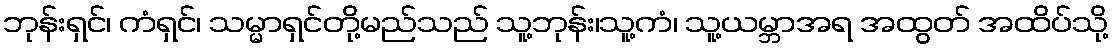
ဘုန်းရှင်၊ ကံရှင်၊ သမ္မာရှင်တို့မည်သည် သူ့ဘုန်း၊သူ့ကံ၊ သူ့ယမ္ဘာအရ အထွတ် အထိပ်သို့